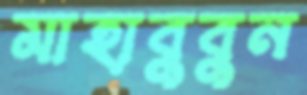
মাহাবুবুন